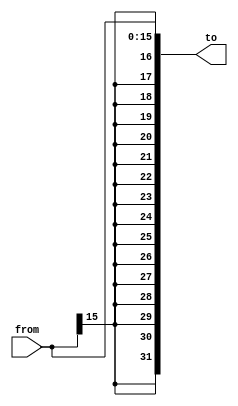
`ifndef __SignExtend16To32__
`define __SignExtend16To32__

// extend 2's compliement with 16 bits to 32 bits 
module SignExtend16To32(
    from,
    to
);
    input wire [15:0] from;
    output wire [31:0] to;

    assign to = {
        from[15],
        from[15],
        from[15],
        from[15],
        from[15],
        from[15],
        from[15],
        from[15],
        from[15],
        from[15],
        from[15],
        from[15],
        from[15],
        from[15],
        from[15],
        from[15],
        from
    };
endmodule // SignExtend16To32

`endif